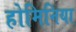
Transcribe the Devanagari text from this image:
होमिनिया